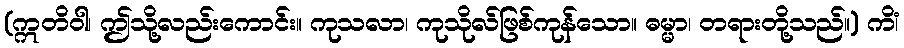
(ဣတိဝါ၊ ဤသို့လည်းကောင်း။ ကုသလာ၊ ကုသိုလ်ဖြစ်ကုန်သော။ ဓမ္မာ၊ တရားတို့သည်။) ကိံ၊